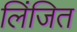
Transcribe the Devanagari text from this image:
लिंजित